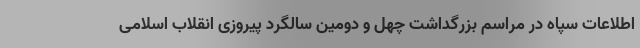
اطلاعات سپاه در مراسم بزرگداشت چهل و دومین سالگرد پیروزی انقلاب اسلامی